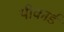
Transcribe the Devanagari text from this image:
पीकार्ड